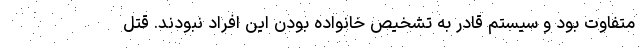
متفاوت بود و سیستم قادر به تشخیص خانواده بودن این افراد نبودند. قتل